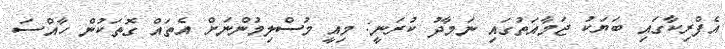
އެފްރިކާގައި ބަޔަކު ޖަމާއަތުގައި ނަމާދު ކުރަނީ: މިއީ މުސްލިމުންނަށް އެތައް ގޮތަކުން ހާއްސަ